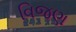
વિજણ